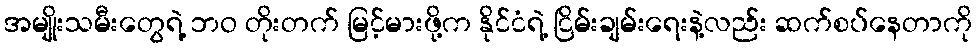
အမျိုးသမီးတွေရဲ့ ဘဝ တိုးတက် မြင့်မားဖို့က နိုင်ငံရဲ့ ငြိမ်းချမ်းရေးနဲ့လည်း ဆက်စပ်နေတာကို